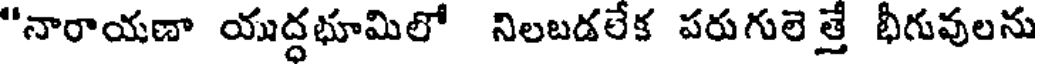
"నారాయణా యుద్దభూమిలో నిలబడలేక పరుగులెత్తే భీగువులను